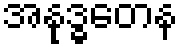
အနုဒ္ဓတေန